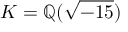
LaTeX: K = \mathbb { Q } ( { \sqrt { - 1 5 } } )